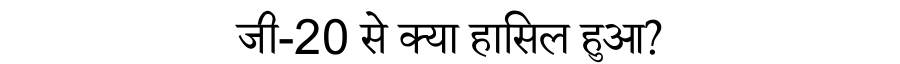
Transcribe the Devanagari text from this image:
जी-20 से क्या हासिल हुआ?